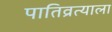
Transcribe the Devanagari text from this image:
पातिव्रत्याला